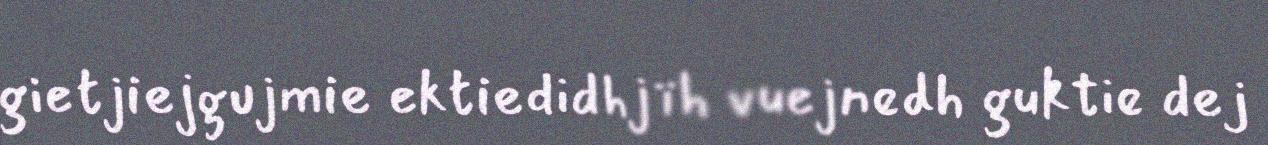
gietjiejgujmie ektiedidhjïh vuejnedh guktie dej